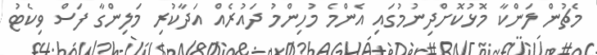
މެޗުން ލަންކާ މޮޅުކޮށްދިނުމުގައި އެންމެ މުހިންމު ދައުރެއް އަދާކުރި މަލިންގާ ފަސް ވިކެޓު